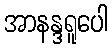
အာနန္ဒရူပေါ